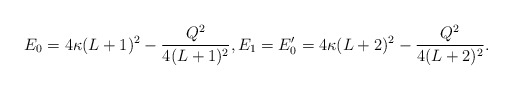
\begin{align*} E_0 = 4\kappa(L+1)^2 - \frac{Q^2}{4(L+1)^2}, E_1 = E'_0 = 4\kappa(L+2)^2 - \frac{Q^2}{4(L+2)^2}. \end{align*}